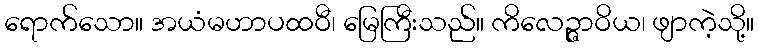
ရောက်သော။ အယံမဟာပထဝီ၊ မြေကြီးသည်။ ကိလေဉ္ဇာဝိယ၊ ဖျာကဲ့သို့။